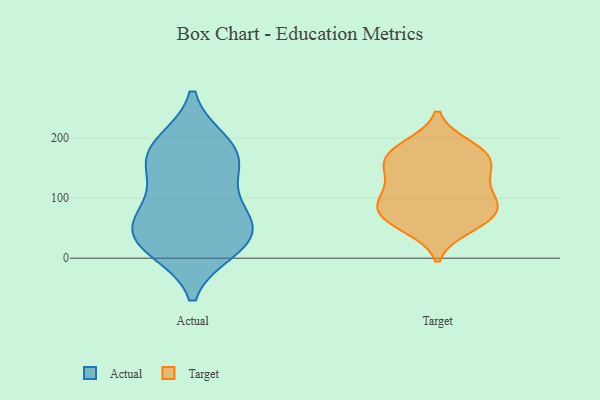
{"axis": {"x": "Bounce Rate (%)", "y": "Value"}, "legend": ["Actual", "Target"], "data": [{"x": "", "y": 172, "type": "Actual"}, {"x": "", "y": 71, "type": "Actual"}, {"x": "", "y": 27, "type": "Actual"}, {"x": "", "y": 71, "type": "Actual"}, {"x": "", "y": 191, "type": "Actual"}, {"x": "", "y": 30, "type": "Actual"}, {"x": "", "y": 73, "type": "Actual"}, {"x": "", "y": 16, "type": "Actual"}, {"x": "", "y": 30, "type": "Actual"}, {"x": "", "y": 185, "type": "Actual"}, {"x": "", "y": 152, "type": "Actual"}, {"x": "", "y": 138, "type": "Actual"}, {"x": "", "y": 114, "type": "Target"}, {"x": "", "y": 186, "type": "Target"}, {"x": "", "y": 97, "type": "Target"}, {"x": "", "y": 181, "type": "Target"}, {"x": "", "y": 60, "type": "Target"}, {"x": "", "y": 89, "type": "Target"}, {"x": "", "y": 74, "type": "Target"}, {"x": "", "y": 155, "type": "Target"}, {"x": "", "y": 67, "type": "Target"}, {"x": "", "y": 52, "type": "Target"}, {"x": "", "y": 159, "type": "Target"}, {"x": "", "y": 151, "type": "Target"}, {"x": "", "y": 126, "type": "Target"}, {"x": "", "y": 175, "type": "Target"}, {"x": "", "y": 88, "type": "Target"}]}